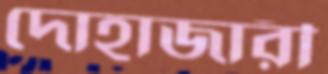
দোহাজারী